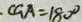
\cdot C G A = 1 8 0 ^ { \circ }